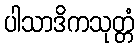
ပါသာဒိကသုတ္တံ